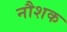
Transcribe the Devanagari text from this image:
नौशक